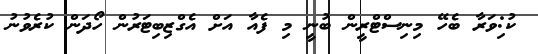
ކު:ިވަރާ ބެހޭ މިނިސްޓްރީން ބުނީ މި ފެއާ އަށް އެގްޒިބިޓަރުން ހޯދަން ކުރެވުނު